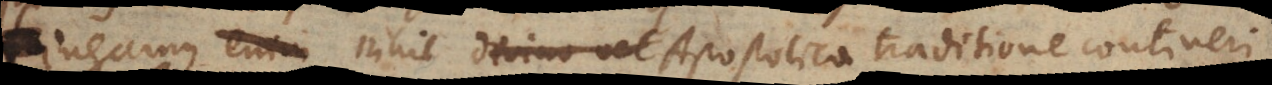
mus nihil divino vel Apostolica traditione contineri